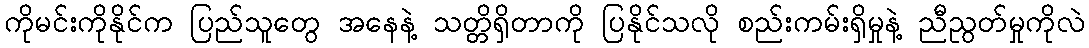
ကိုမင်းကိုနိုင်က ပြည်သူတွေ အနေနဲ့ သတ္တိရှိတာကို ပြနိုင်သလို စည်းကမ်းရှိမှုနဲ့ ညီညွတ်မှုကိုလဲ